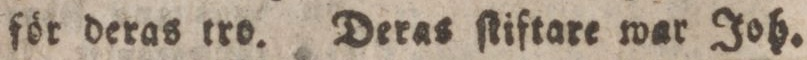
för deras tro. Deras ſtiftare war Joh.